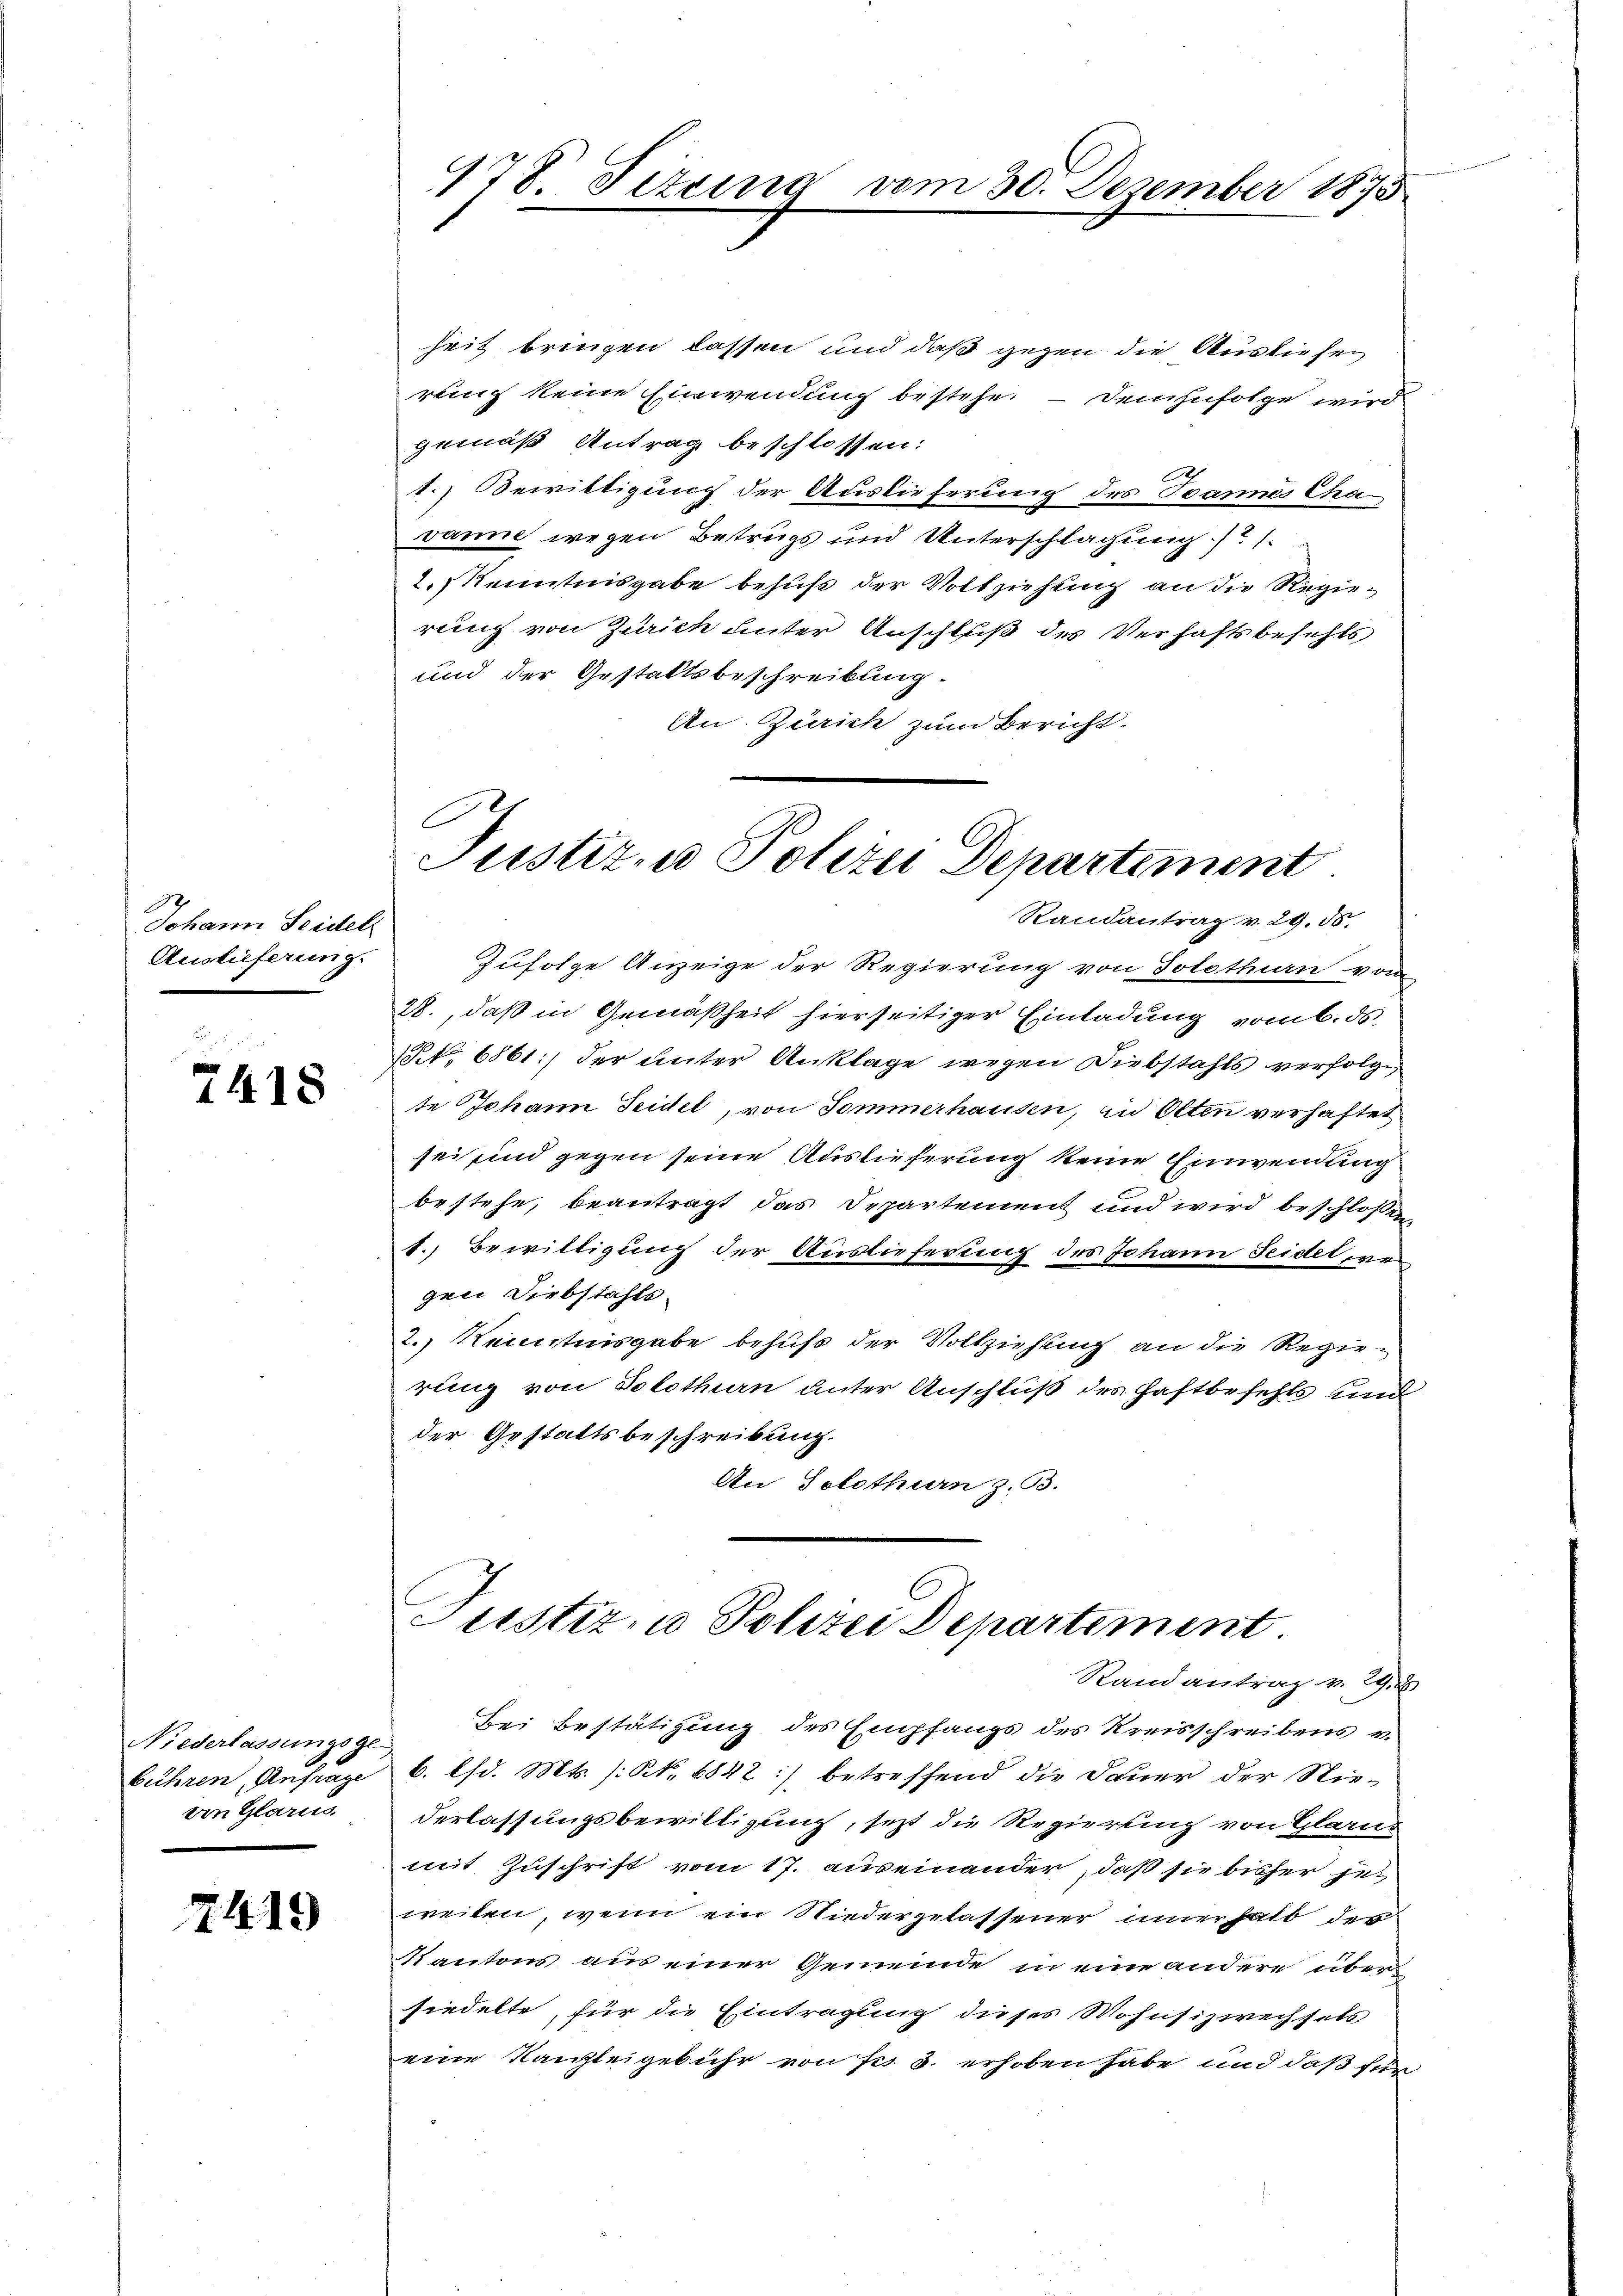
Johann Seidel
Auslieferung.

7418

Niederlassungsge-
bühren Anfrage
von Glarus.

2419

heit bringen lassen und daß gegen die Ausliefe
rung keine Einwendung bestehe. — Demzufolge wird
gemäß Antrag beschlossen:
1.) Bewittigung der Auslieferung des Jeannes Cha-
vanne wegen Betrugs und Unterschlagung / 1.
2.) Kenntnisgabe behuf der Vollziehung an die Regierung von Zürich unter Anschluß des Verhaftsbefehls
und der Gestaltsbeschreibung
An Zürich zum Bericht.
e

¬
478. Fizung vom 30. Dezember 1873

C
Justiz- u Polizei Departement
Randantrag v. 29. 50.
Zufolge Anzeige der Regierung von Solothurn vom

28., daß in Gemäßheit hierseitiger Einladung vom 6. ds
Nr. 6861) der unter Anklage wegen Diebstahls verfolge,
te Johann Seidel, von Sommerhausen, in Olten verhaftet
sei sind gegen seine Auslieferung keine Einwendung
bestehe, beantragt das Departement und wird beschloßen,
1. Bewilligung der Auslieferung des Johann Seidet wer
gen Diebstahls¬
2.) Kenntnisgabe behufs der Vollziehung an die Regierung von Solothurn unter Anschluß des Haftbefehls und
der Gestaltsbeschreibung.
An Solothurn z. B.

Justiz- u Polizei Departement
Randantrag v. 29.

Bei Bestätigung des Empfangs des Kreisschreibens v.
6. d. Mts. (N. 6842) betreffend die Dauer der Nie-
derlassungsbewilligung, seit die Regierung von Glarus
mit Zuschrift vom 17. auseinander, daß sie bisher jet
weiten, wenn ein Niedergelassener innerhalb der
Kantons aus einer Gemeinde in eine andere über
siedelte, für die Eintragung dieses Wohnsizwechsels
eine Kanzleigebühr von Frs. 3. erhoben habe und daß für